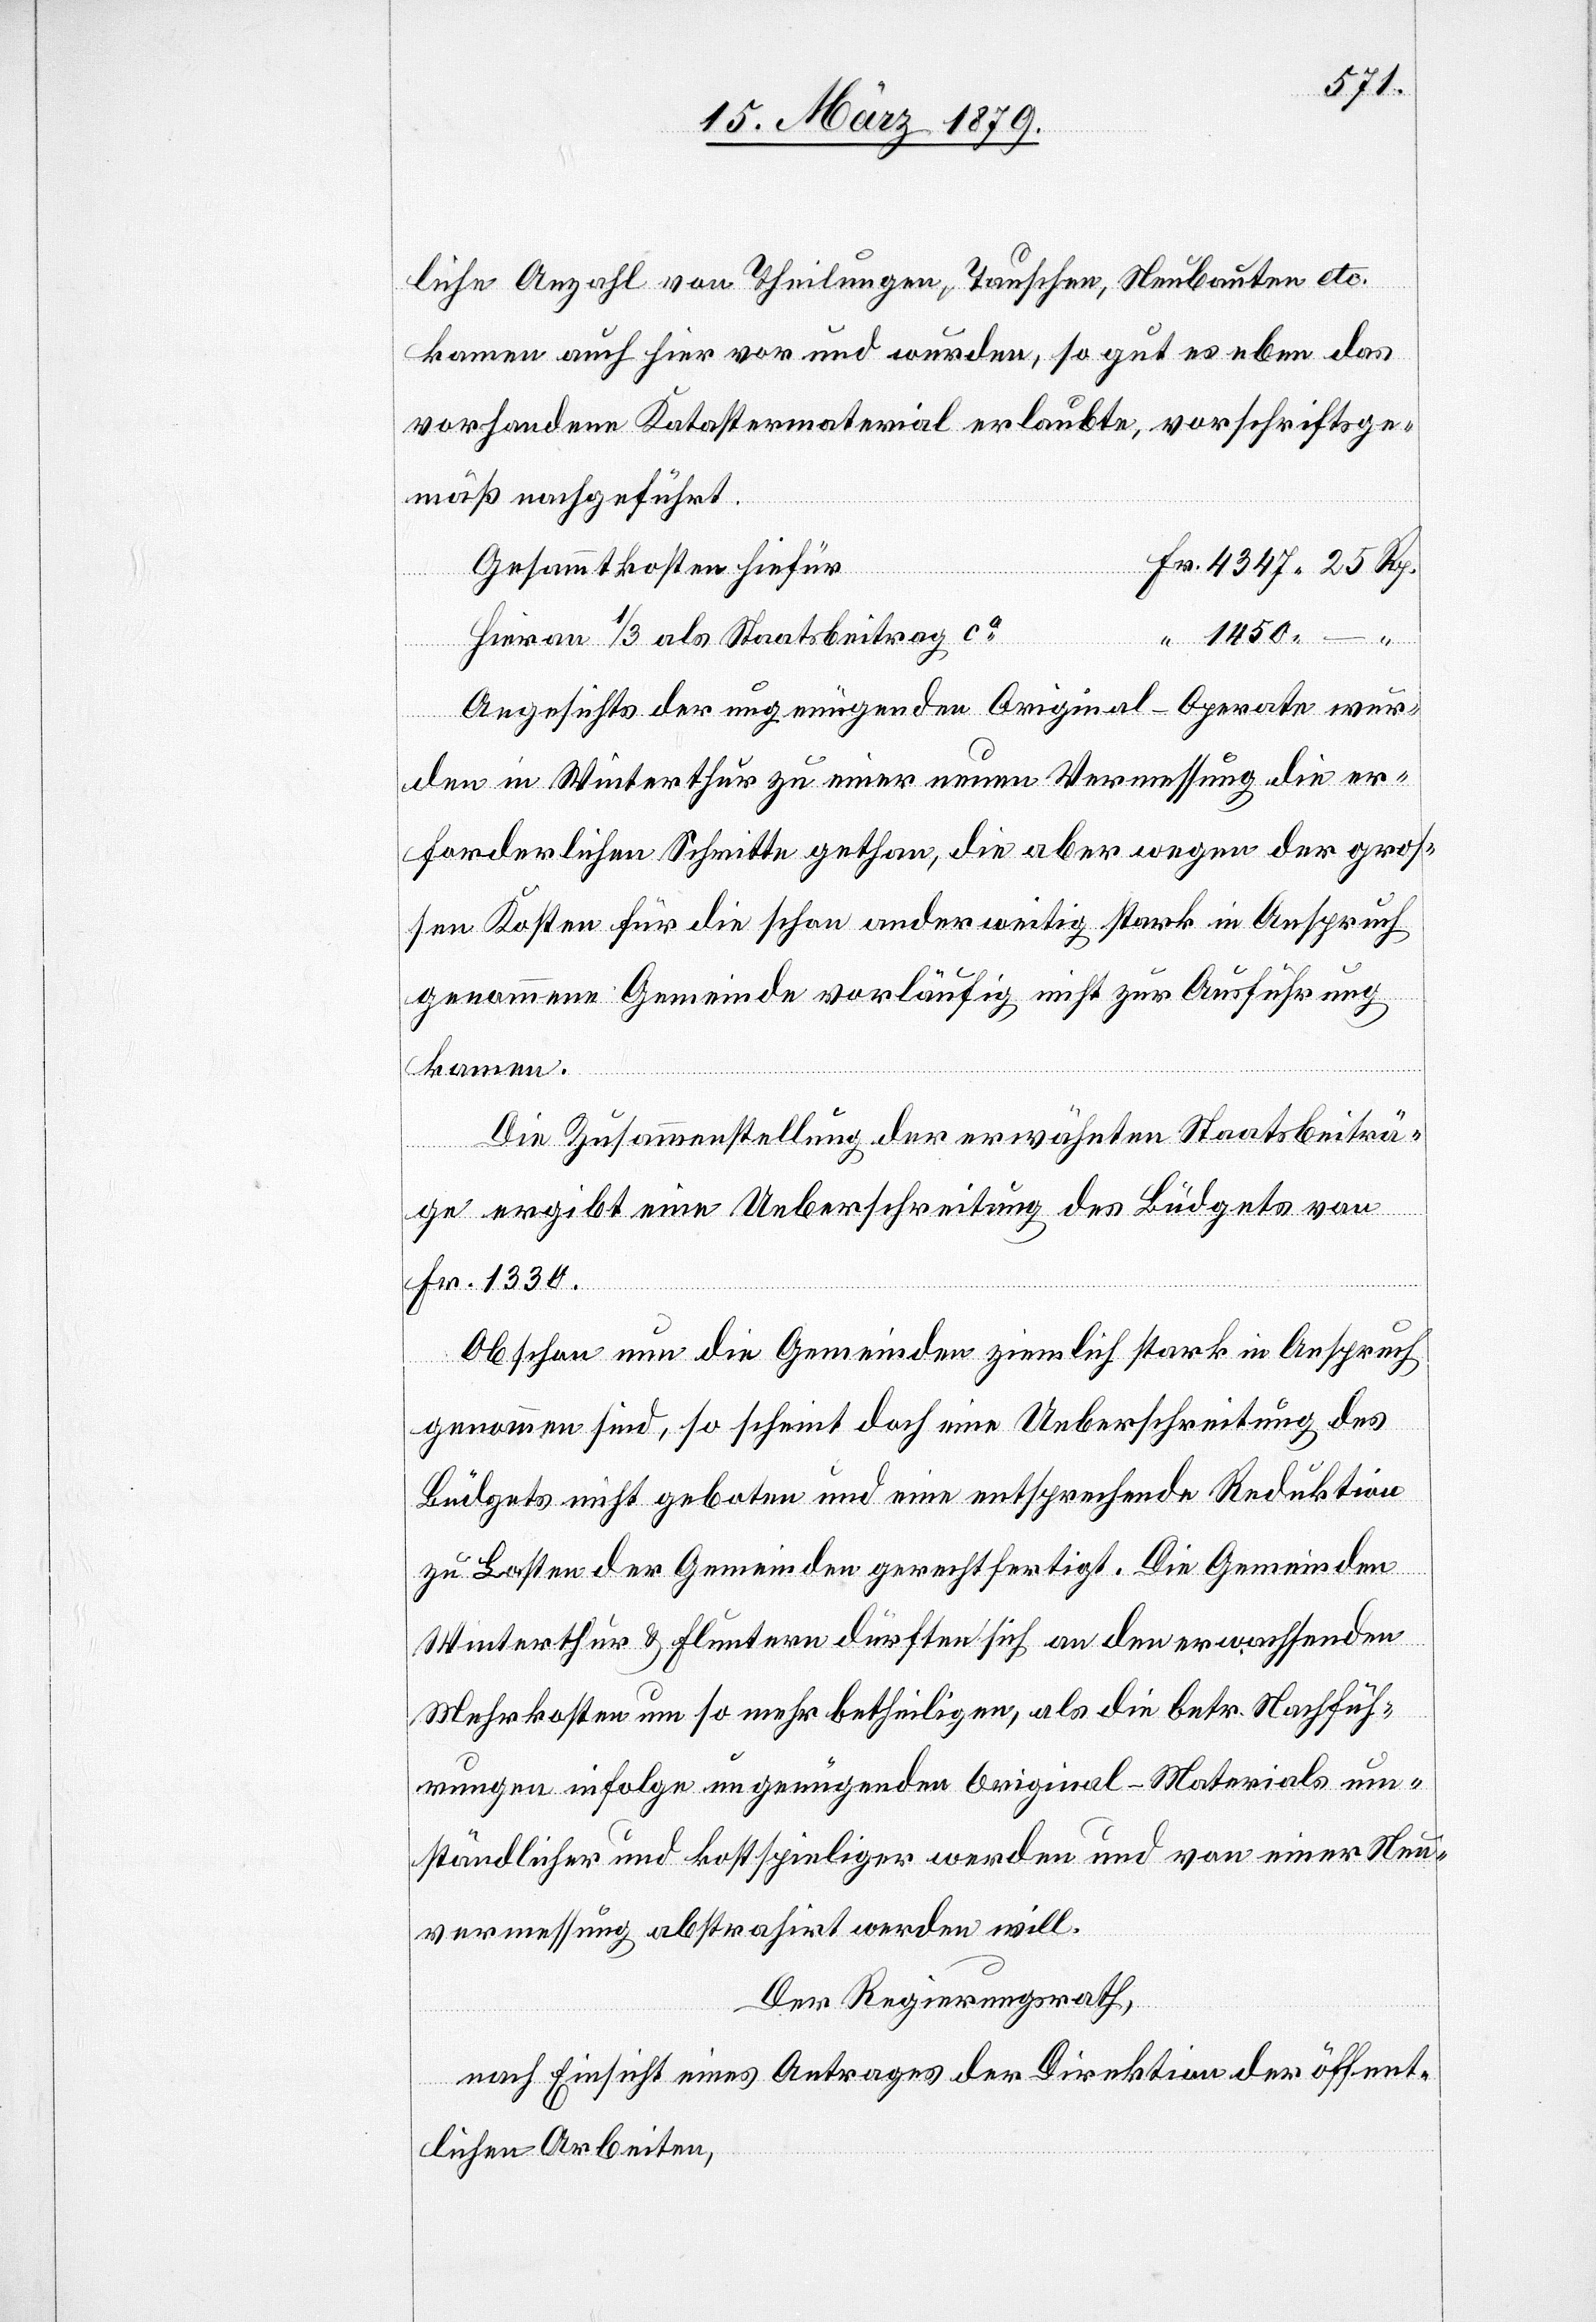
liche Anzahl von Theilungen, Tauschen, Neubauten etc.
kamen auch hier vor und wurden, so gut es eben das
vorhandene Katastermaterial erlaubte, vorschriftsge¬
mäß nachgeführt.
Gesammtkosten hiefür
1450.
Hievon 1/3 als Staatsbeitrag ca
Angesichts der ungenügenden Original-Operate wur¬
den in Winterthur zu einer neuen Vermessung die er¬
forderlichen Schritte gethan, die aber wegen der groß¬
en Kosten für die schon anderweitig stark in Anspruch
genommene Gemeinde vorläufig nicht zur Ausführung
kamen.
Die Zusammenstellung der erwähnten Staatsbeiträ¬
ge ergibt eine Ueberschreitung des Büdgets von
Fr. 1330.
Obschon nun die Gemeinden ziemlich stark in Anspruch
genommen sind, so scheint doch eine Ueberschreitung des
Büdgets nicht geboten und eine entsprechende Reduktion
zu Lasten der Gemeinden gerechtfertigt. Die Gemeinden
Winterthur & Fluntern dürften sich an den erwachsenden
Mehrkosten um so mehr betheiligen, als die betr. Nachfüh¬
rungen infolge ungenügenden Original-Materials um¬
ständlicher und kostspieliger werden und von einer Neu¬
vermessung abstrahirt werden will.
Der Regierungsrath,
nach Einsicht eines Antrages der Direktion der öffent¬
lichen Arbeiten,